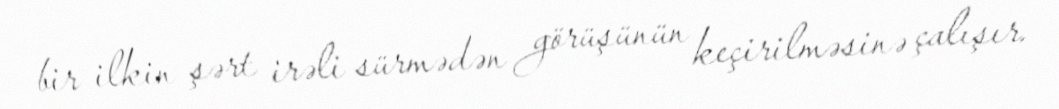
bir ilkin şərt irəli sürmədən görüşünün keçirilməsinə çalışır.